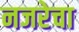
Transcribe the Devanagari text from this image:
नजरेचा